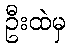
ဦးထဲမှ